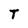
Character: T